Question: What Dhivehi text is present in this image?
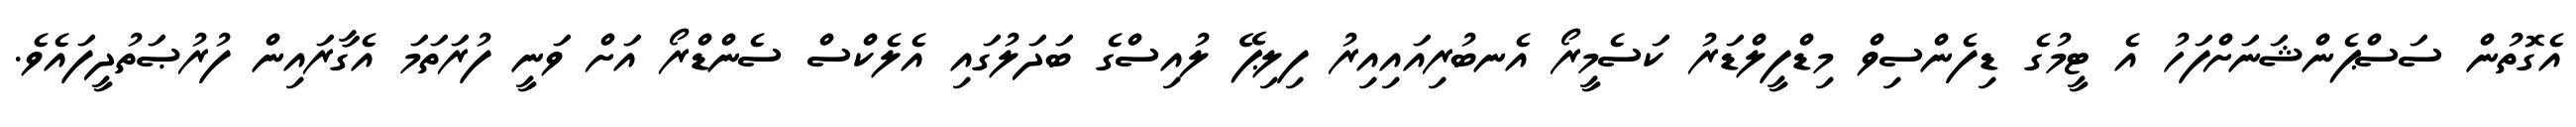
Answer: އެގޮތުން ސަސްޕެންޝަނަށްފަހު އެ ޓީމުގެ ޑިފެންސިވް މިޑްފީލްޑަރު ކަސެމީރޯ އެނބުރިއައިއިރު ފިލިޕޭ ލުއިސްގެ ބަދަލުގައި އެލެކްސް ސެންޑްރޯ އަށް ވަނީ ފުރަތަމަ އެގާރައިން ފުރުޞަތުދީފައެވެ.